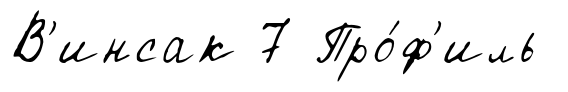
В'инсак 7 Про́ф'иль